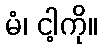
မံ၊ ငါ့ကို။